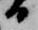
日